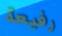
رفيعة